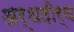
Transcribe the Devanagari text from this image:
अर्धदीर्घ